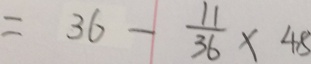
= 3 6 - \frac { 1 1 } { 3 6 } \times 4 8